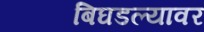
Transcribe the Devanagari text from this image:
बिघडल्यावर